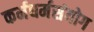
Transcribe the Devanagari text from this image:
कर्मधर्मसंयोग